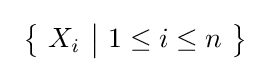
\ \left\{\ X_{i}\ {\big |}\ 1\leq i\leq n\ \right\}\